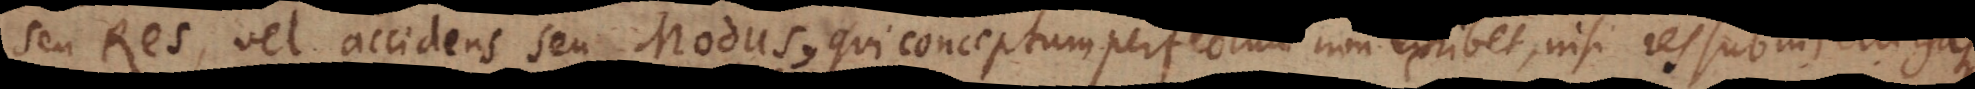
seu Res, vel accidens seu Modus, qui conceptum perfectum non exhibet, nisi res sub